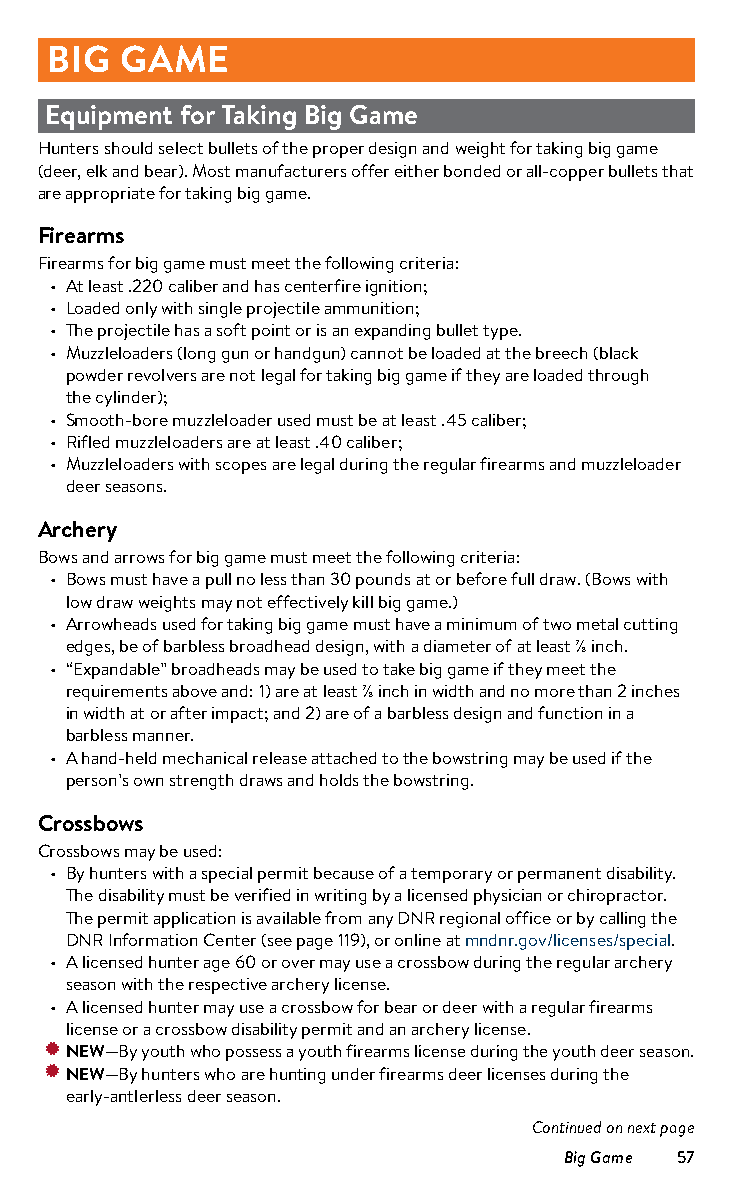
BIG  GAME
 Equipment for Taking Big Game
 Hunters should select bullets of the proper design and weight for taking big game
 (deer, elk and bear). Most manufacturers offer either bonded or all-copper bullets that
 are appropriate for taking big game.
 Firearms
 Firearms for big game must meet the following criteria:
 • At least .220 caliber and has centerfire ignition;
 • Loaded only with single projectile ammunition;
 • The projectile has a soft point or is an expanding bullet type.
 • Muzzleloaders (long gun or handgun) cannot be loaded at the breech (black
 powder revolvers are not legal for taking big game if they are loaded through
 the cylinder);
 • Smooth-bore muzzleloader used must be at least .45 caliber;
 • Rifled muzzleloaders are at least .40 caliber;
 • Muzzleloaders with scopes are legal during the regular firearms and muzzleloader
 deer seasons.
 Archery
 Bows and arrows for big game must meet the following criteria:
 • Bows must have a pull no less than 30 pounds at or before full draw. (Bows with
 low draw weights may not effectively kill big game.)
 • Arrowheads used for taking big game must have a minimum of two metal cutting
 edges, be of barbless broadhead design, with a diameter of at least ⅞ inch.
 • “Expandable” broadheads may be used to take big game if they meet the
 requirements above and: 1) are at least ⅞ inch in width and no more than 2 inches
 in width at or after impact; and 2) are of a barbless design and function in a
 barbless manner.
 • A hand-held mechanical release attached to the bowstring may be used if the
 person’s own strength draws and holds the bowstring.
 Crossbows
 Crossbows may be used:
 • By hunters with a special permit because of a temporary or permanent disability.
 The disability must be verified in writing by a licensed physician or chiropractor.
 The permit application is available from any DNR regional office or by calling the
 DNR Information Center (see page 119), or online at mndnr.gov/licenses/special.
 • A licensed hunter age 60 or over may use a crossbow during the regular archery
 season with the respective archery license.
 • A licensed hunter may use a crossbow for bear or deer with a regular firearms
 license or a crossbow disability permit and an archery license.
 • NEW—By youth who possess a youth firearms license during the youth deer season.
 • NEW—By hunters who are hunting under firearms deer licenses during the
 early-antlerless deer season.
 Continued on next page
 Big Game 57